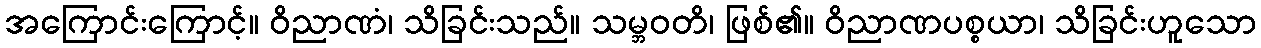
အကြောင်းကြောင့်။ ဝိညာဏံ၊ သိခြင်းသည်။ သမ္ဘဝတိ၊ ဖြစ်၏။ ဝိညာဏပစ္စယာ၊ သိခြင်းဟူသော